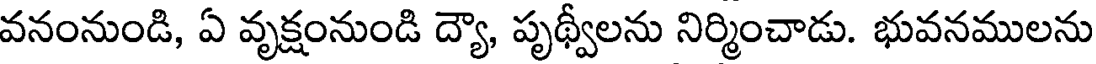
వనంనుండి, ఏ వృక్షంనుండి ద్యౌ, పృథ్వీలను నిర్మించాడు. భువనములను